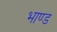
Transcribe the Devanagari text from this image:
भाण्ड